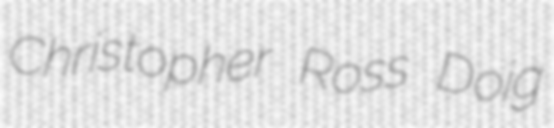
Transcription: Christopher Ross Doig